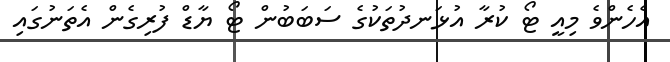
އެހެންވެ މިއީ ޓޯ ކުރާ އުޅަނދުތަކުގެ ސަބަބުން ޓޯ ޔާޑް ފުރިގެން އެތަނުގައި